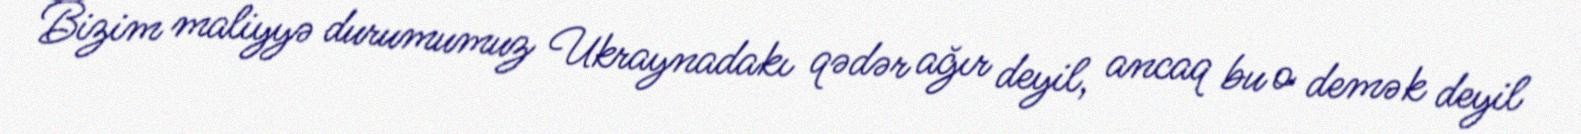
Bizim maliyyə durumumuz Ukraynadakı qədər ağır deyil, ancaq bu o demək deyil